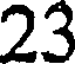
23